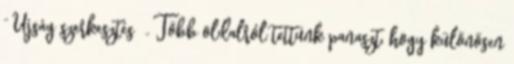
” Újság szerkesztés „ Több oldalról tettünk panaszt, hogy különösen